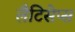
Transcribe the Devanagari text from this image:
लैटिसेप्स